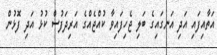
އަތާއިފައި އަދި އަނގައިގެ ބަލި ޖެހިފައިވާ ކުއްޖެއްގެ އަރިދަފުސް ކުޅު އަދި ފޮޅުން